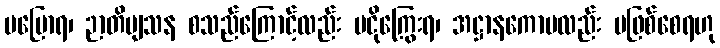
မပြောရ၊ ဉာတိဗျသန စသည်ကြောင့်လည်း မငိုကြွေးရ၊ အဋ္ဌာနကောပလည်း မဖြစ်စေရဟု